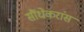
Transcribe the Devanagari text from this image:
सौंधेकरांस